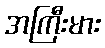
အကြီးမား